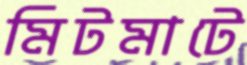
মিটমাটে